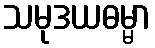
သမုဒယဓမ္မာ